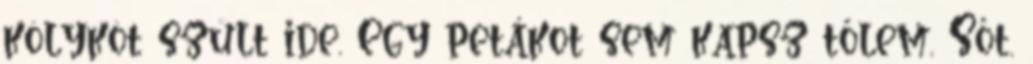
kölyköt szült ide. Egy petákot sem kapsz tőlem. Sőt.